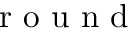
\mathrm { ~ r ~ o ~ u ~ n ~ d ~ }